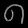
Digit: ၈